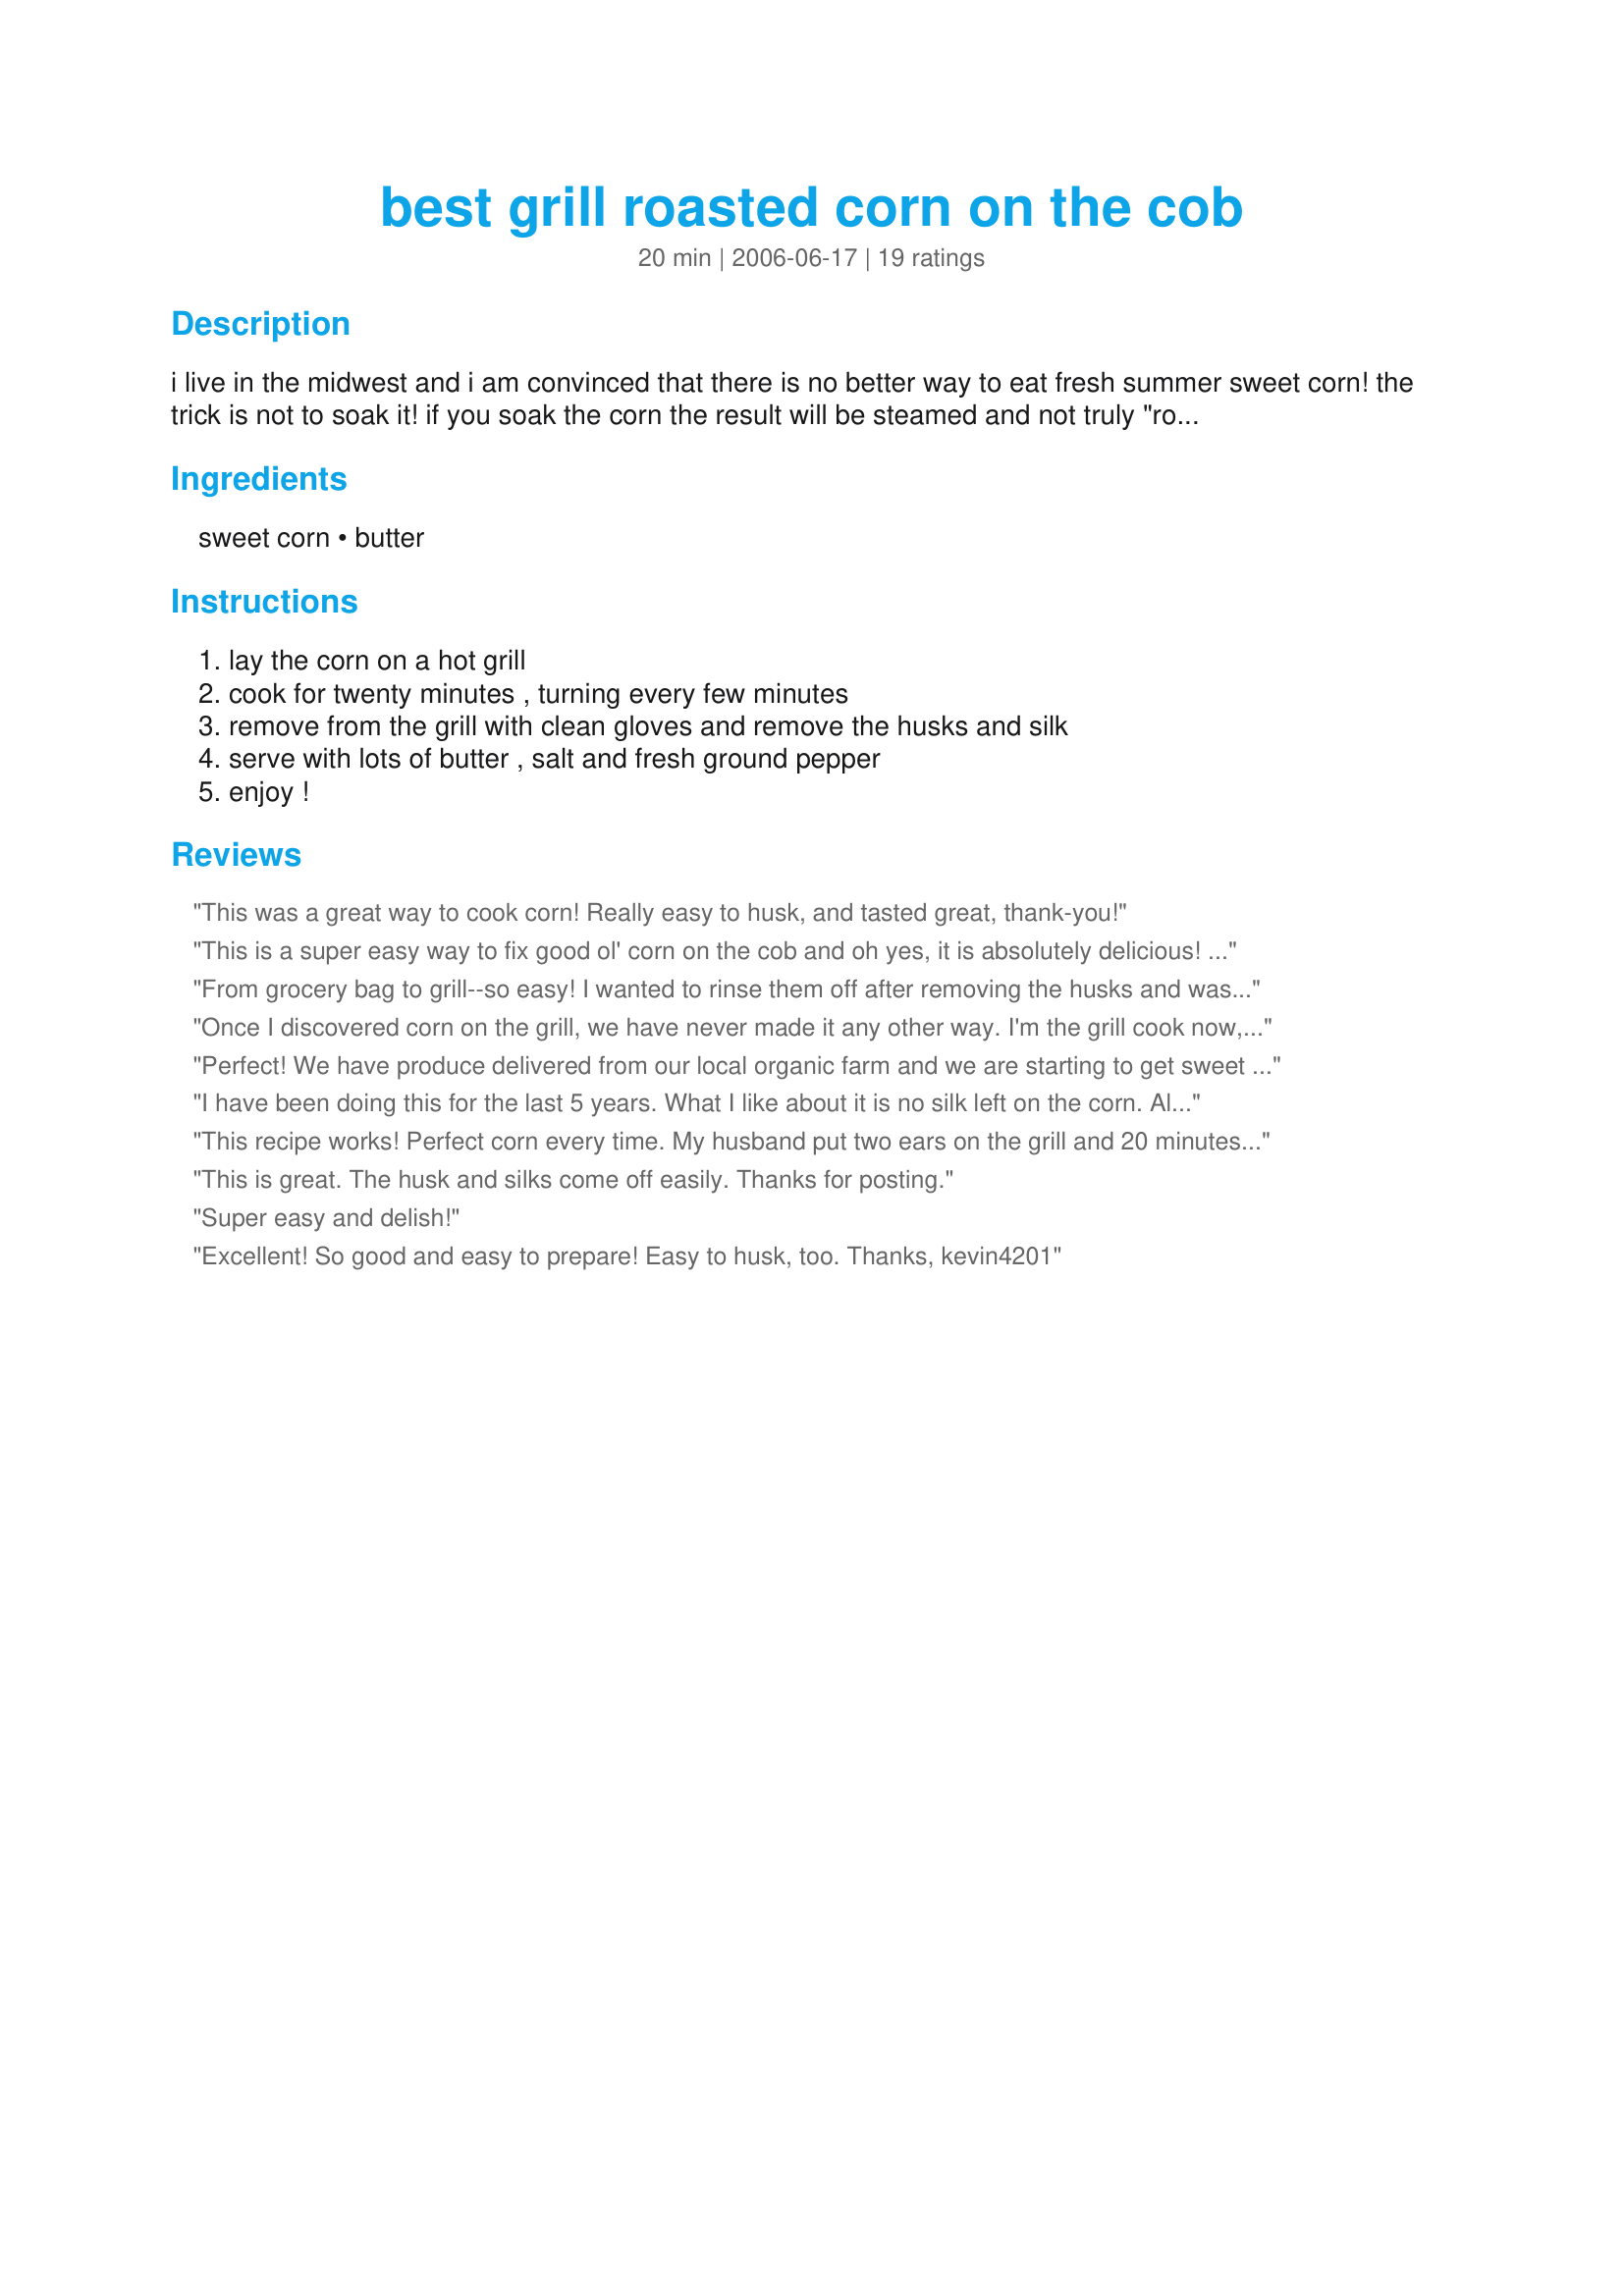
best grill roasted corn on the cob
Preparation time: 20 minutes

i live in the midwest and i am convinced that there is no better way to eat fresh summer sweet corn!
the trick is not to soak it! if you soak the corn the result will be steamed and not truly "roasted". the husks may get a little burned but the corn will be perfect. (i know, it was hard for me the first time too, just trust me)
p.s. use the freshest sweet corn you can get!

Ingredients:
sweet corn, butter

Steps:
lay the corn on a hot grill, cook for twenty minutes , turning every few minutes, remove from the grill with clean gloves and remove the husks and silk, serve with lots of butter , salt and fresh ground pepper, enjoy !

Reviews:
This was a great way to cook corn! Really easy to husk, and tasted great, thank-you!
This is a super easy way to fix good ol' corn on the cob and oh yes, it is absolutely delicious! My husband and I tried this the other night and loved it. Previously, we were always putting corn in foil, but there's no way we'll do it like that anymore...can't wait to get more ears of corn to roast in the husks again! Thank you Kevin, for sharing a simple and tasty recipe!
From grocery bag to grill--so easy! I wanted to rinse them off after removing the husks and was afraid it may cool them down too much but it did not. They held the heat for a good while. And the flavor is so wonderful. I added butter and salt but I think it is probably almost as good without any additions. Thanks so much for this recipe.
Once I discovered corn on the grill, we have never made it any other way. I'm the grill cook now, so I just discovered this about 4 years ago. Love it!
Perfect! We have produce delivered from our local organic farm and we are starting to get sweet corn in every delivery. This is definitely how I'll be making every batch! Thanks for posting.
I have been doing this for the last 5 years. What I like about it is no silk left on the corn. Also you don't have to worry about burnt corn. A little brown on the corn adds flavor as long you don't dry it out.
This recipe works! Perfect corn every time. My husband put two ears on the grill and 20 minutes later, perfectly roasted corn. He did suggest that next time we trim the &quot;hairs&quot; off the top, because of the flame, they went from wild &quot;mohawk&quot; to &quot;flat top&quot; in 15 seconds! :) &lt;br/&gt;Great &quot;recipe&quot; kevin! Thanks!
This is great. The husk and silks come off easily. Thanks for posting.
Super easy and delish!
Excellent! So good and easy to prepare! Easy to husk, too. Thanks, kevin4201
Great way to do corn! So easy and turned out delicious! The husks did get charred but the corn didn't at all. Thanks for sharing this technique!
This is a special treat when my hubby grills. I love it it tastes like the corn you get at the fairs.
This is one awesome way to prepare fresh corn on the cob! I prefer mine just a tad hard, so 15 minutes is perfect for me. The husks were slightly dried out so I removed a couple of layers and then rinsed/soaked for a bit. Corn was perfect and so very sweet. Served with butter, salt and pepper. Thanks for sharing!
Outstanding! I put the corn on a charcoal grill for 20 minutes, turning every 5 minutes. It was fantastic. I will never boil corn on the cob again!
I was a little worried that this would actually turn out roasted, but the corn tasted great!! Had a slightly smokey flavor, and it was done just right! Delicious! Thanks!
I tried it & I like it! E-Z but tricky to husk hot,hot corn. Need to buy gloves.Bot not one piece of silk on corn.Thanks Kevin4201
I agree with Kevin, at first, just tossing the husks on the grill is daunting, but it works. I have found that if the store hasn't trimmed the ears, it works best. The first time, I had run out of stove space, between my roast, veggies and things steaming for dessert. No problem. The corn came out perfectly.
I have also done this for years ,and it is the only way to eat corn on the cob.
My new favorite way to make corn. Super easy and absolutely perfect. The outside husks got black, but inside the corn was juicy and perfectly cooked. I have more on the grill tonight! Thanks for sharing!
